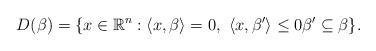
LaTeX: \begin{align*}D(\beta)= \{x\in\mathbb{R}^n: \left<x,\beta\right>=0,\ \left<x,\beta'\right>\leq 0\beta'\subseteq\beta\}.\end{align*}